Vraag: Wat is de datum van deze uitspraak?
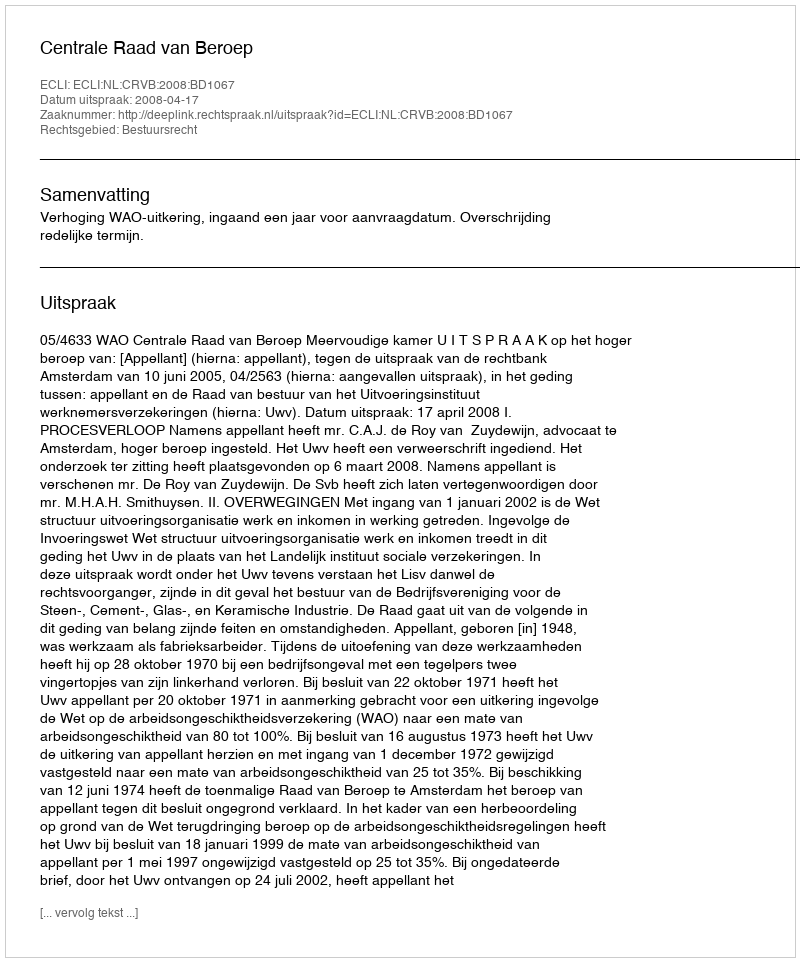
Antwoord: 2008-04-17